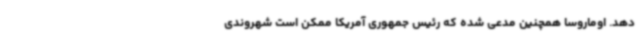
دهد. اوماروسا همچنین مدعی شده که رئیس جمهوری آمریکا ممکن است شهروندی